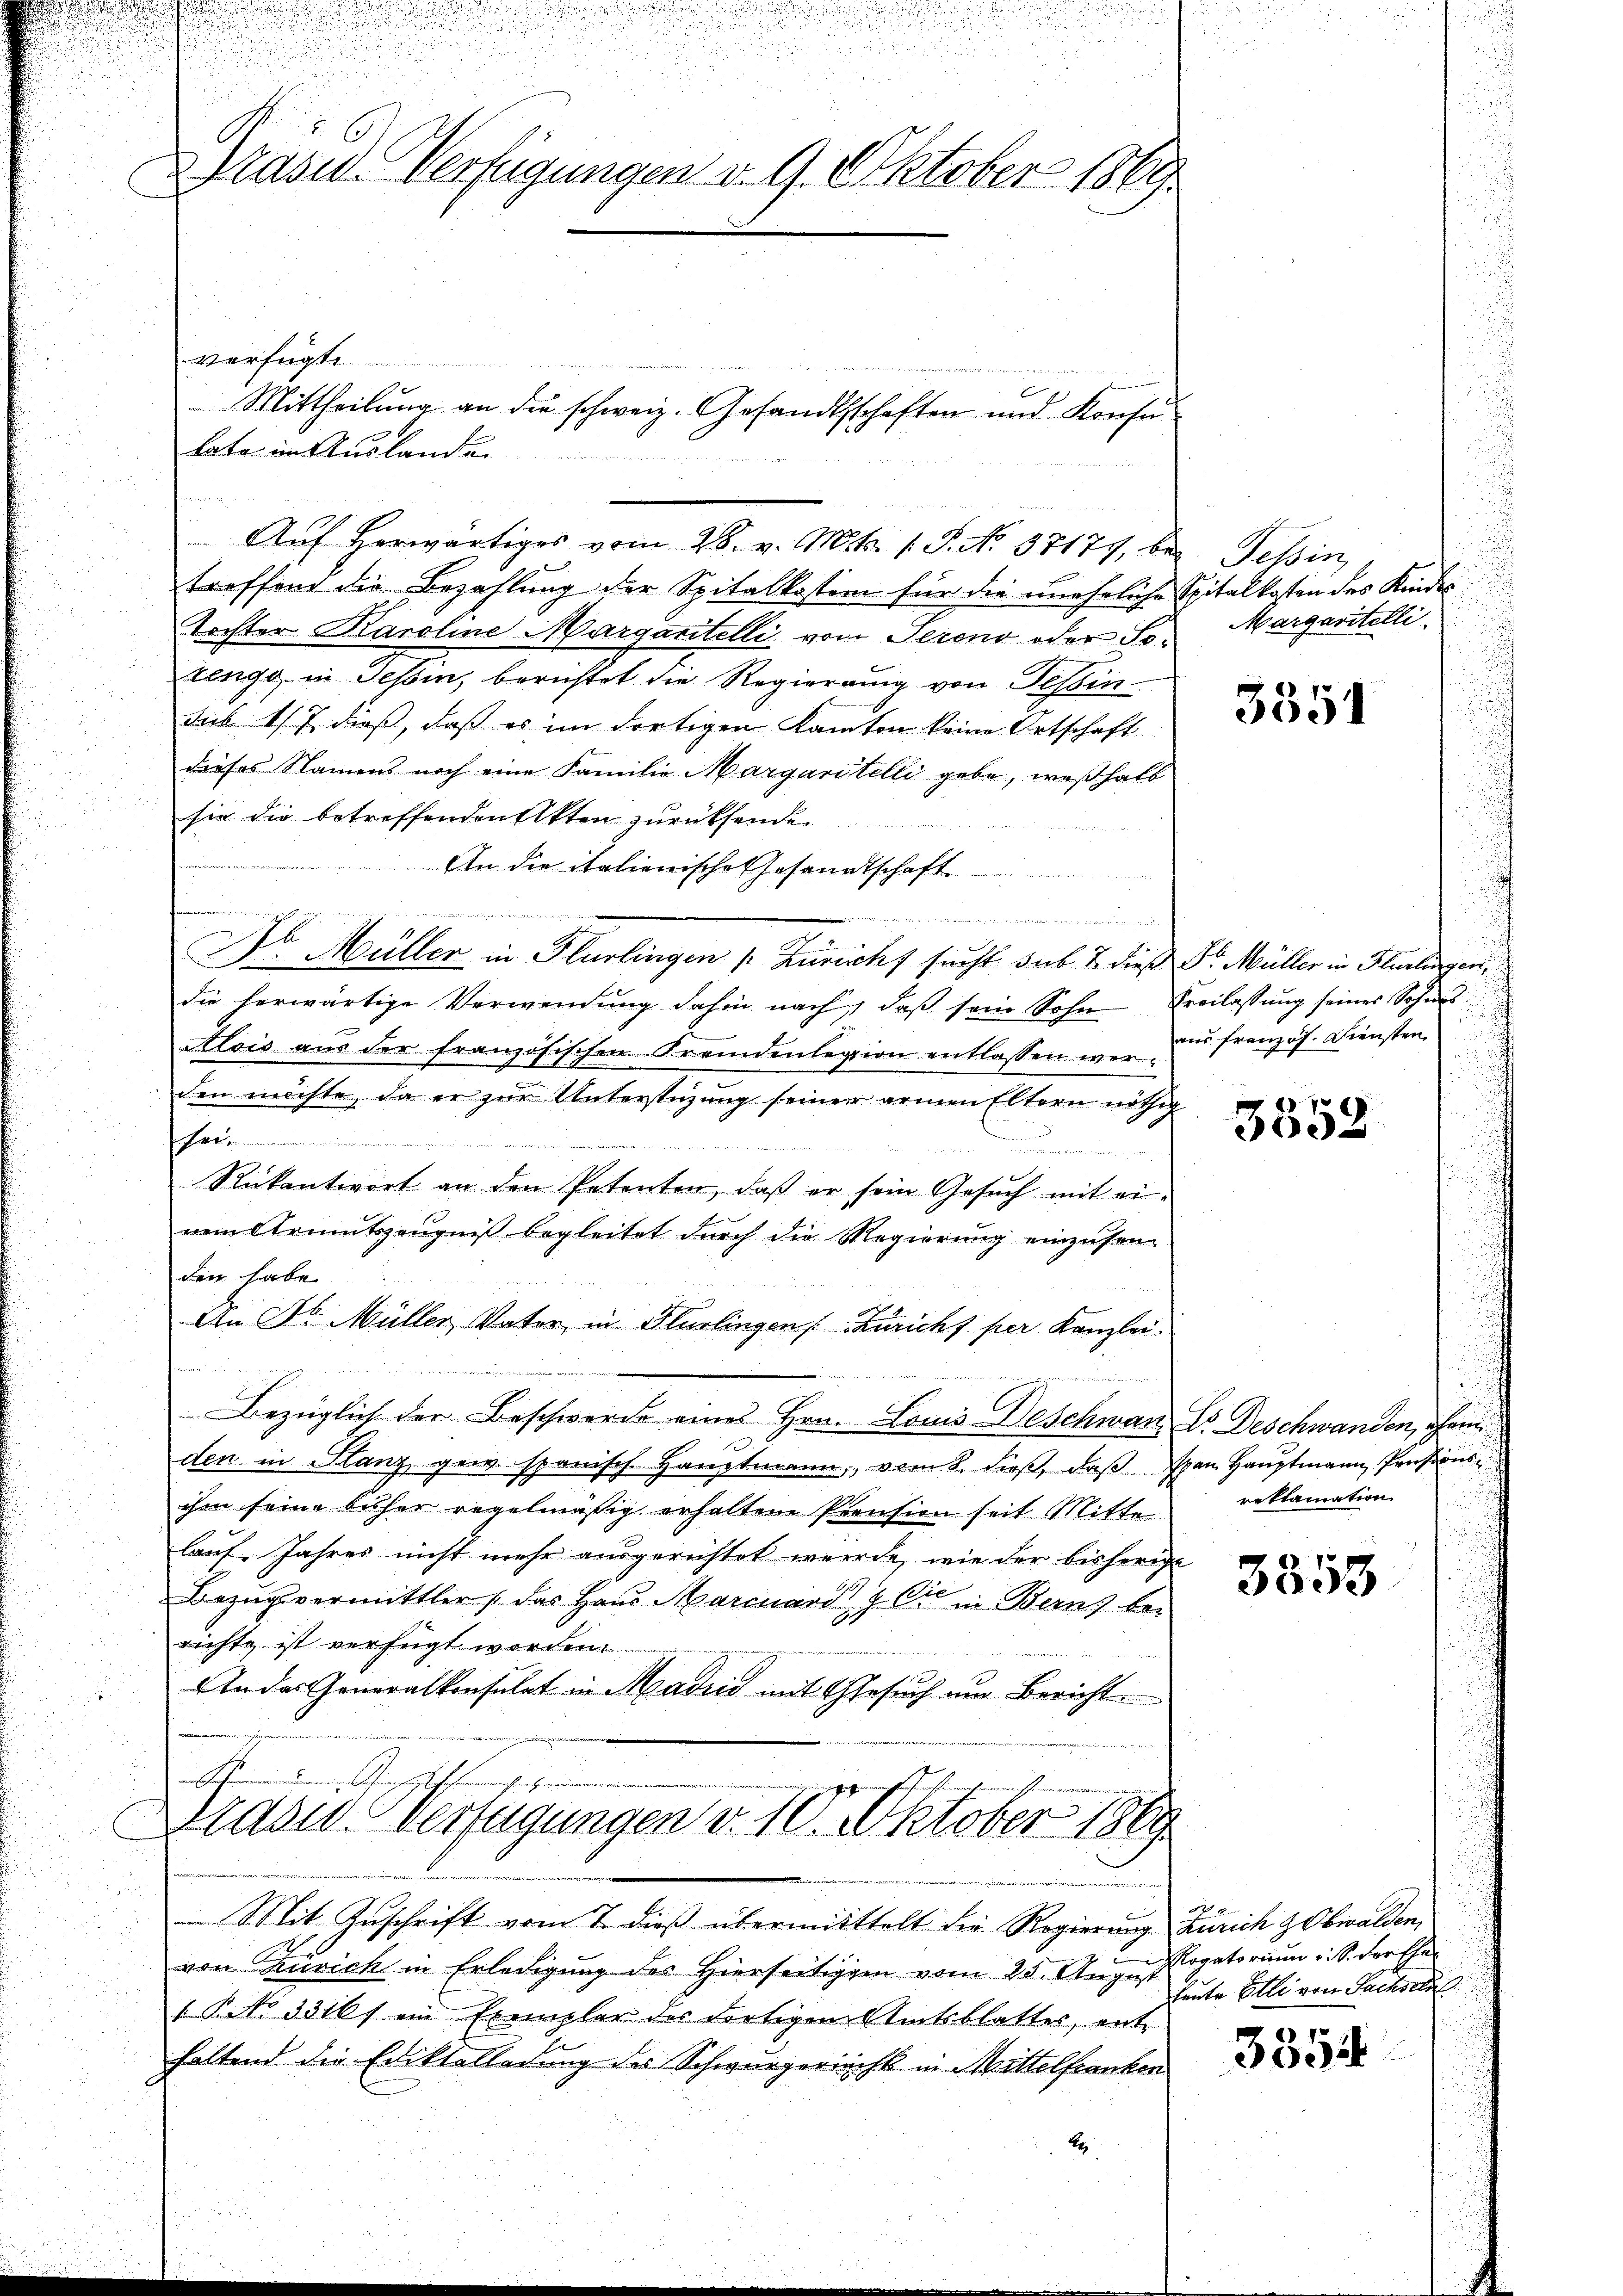
u
Präsid. Verfügungen v. 9. Oktober 1869

verfügt
tate in Auslanden
treffend die Bezahlung der Spitalkosten für die uneheliche Spitalkosten des Kindes
Tochter Karoline Margantelli von Serend oder Sorenge in Tessin, berichtet die Regierung von Tessin-
Sub 1/7 dieß, daß es im dortigen Kanton keine Ortschaft
dieses Namens noch eine Familie Margaritelli gebe, weßhalb
sie die betreffenden Akten zurücksende.
An die italienische Gesandtschaft
n

Dr. Müller in Flurlingen (Züricht sucht sub 7 dieß Sr. Müller in Flurlingen,
die herwärtige Verwendung dahin nach, daβ sein Sohn Freilassung seines Sohnes
Alois aus der französischen Fremdenlegion entlassen werden möchte, da er zur Unterstüzung seiner armen Eltern nöthig
h
n
.
Rückantwort an den Petenten, daß er sein Gesuch mit einem Armutszeŭgniβ begleitet dŭrch die Regierŭng einzŭsen-
den habe.
 3
An Sr. Müller, Vater in Flurlingen Züricht per Kanzlei.
fnamen an

Bezüglich der Beschwerde eines Hrn. Louis Deschwan Dr. Deschwanden, ehem
den in Flanz gew. spanisch Haŭptmann, vom 8. dieβ, daβ an Haŭptmann Pensions
ihm seine bisher regelmäßig erhaltene Prension seit Mitte reklamation
laŭf. Jahres nicht mehr ausgerichtet werde, wie der bisherige
Bezugsvermittler, das Haus Marcuard Ci Berns berichte ist verfügt worden.
An das Generalkonsulat in Madiis mit Gesuch um Bericht
A

Mittheilung an die schweiz. Gesandtschaften und Konsu

Aŭf herwärtiges vom 28. v. Mts. 1. S. No. 37171, bei Tessin,

Drasis Verfügungen v. 10. Oktober 1869

Mit Zuschrift vom 7. dieß übermittelt die Regierung
z
von Zürich in Erledigung des Hierseitigen vom 25. August
" Petr. 3310f ein Exempler der dortigem Amtsblatters, enthaltend die Ediktalladung des Schwurgerrecht in Mittelfranken
be

Margaritelli

3351

aus französ. Diensten

8
3052

3353

Zürich Obwalden,
Rogatorium u. S. Freihe
leute Elli von Sachseln

7
3304